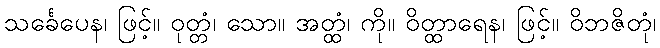
သင်္ခေပေန၊ ဖြင့်။ ဝုတ္တံ၊ သော။ အတ္ထံ၊ ကို။ ဝိတ္ထာရေန၊ ဖြင့်။ ဝိဘဇိတုံ၊